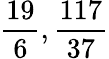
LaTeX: {\frac{19}{6}},{\frac{117}{37}}